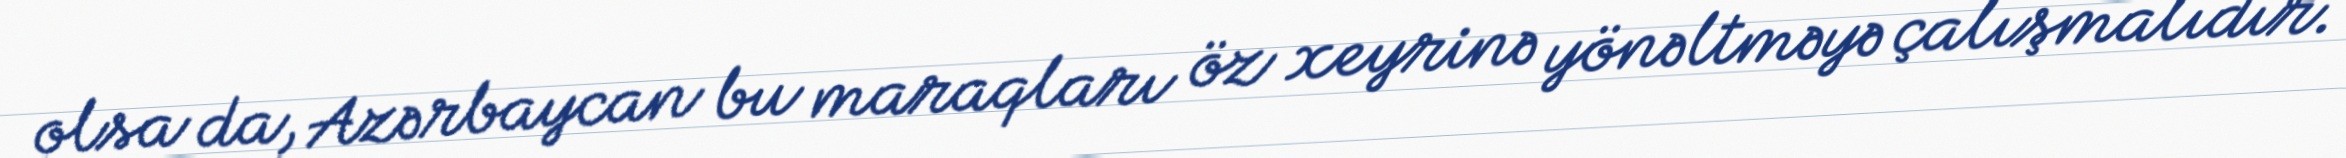
olsa da, Azərbaycan bu maraqları öz xeyrinə yönəltməyə çalışmalıdır.